Document type: Community of property
Year: 1312
Scribe: Pere Amorós
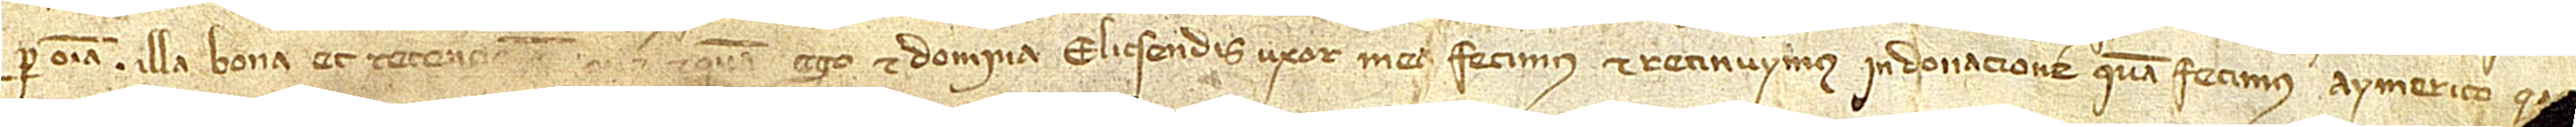
per omnia illa bona et retenci[ones que] et qua ego et domina Elicsendis, uxor mea, fecimus et retinuymus in donacione quam fecimus Aymerico [Çacirera] [...] [tempore]